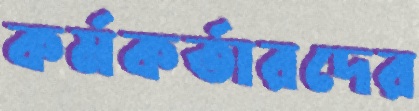
কর্মকর্তারদের